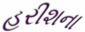
હરીશના